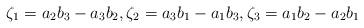
LaTeX: \begin{align*}\zeta_1={a_2}{b_3}-{a_3} {b_2},\zeta_2={a_3}{b_1}-{a_1} {b_3},\zeta_3={a_1}{b_2}-{a_2} {b_1}\end{align*}